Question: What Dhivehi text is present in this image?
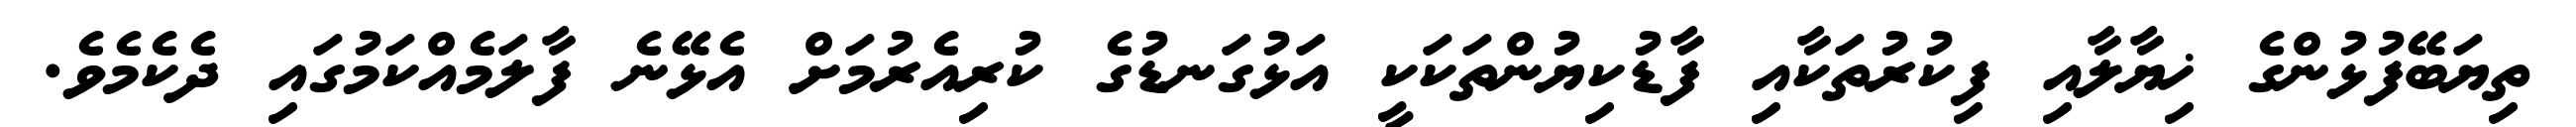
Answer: ތިޔަބޭފުޅުންގެ ޚިޔާލާއި ފިކުރުތަކާއި ފާޑުކިޔުންތަކަކީ އަޅުގަނޑުގެ ކުރިއެރުމަށް އެޅޭނެ ފާލަމެއްކަމުގައި ދެކެމެވެ.